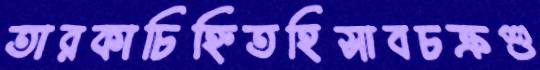
তারকাচিহ্নিতহিসাবচক্রশু